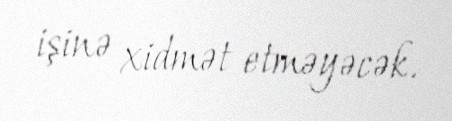
işinə xidmət etməyəcək.